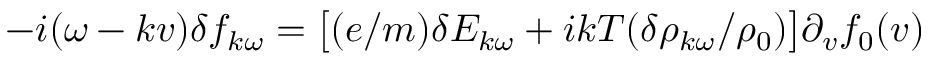
- i ( \omega - k v ) \delta f _ { k \omega } = \big [ ( e / m ) \delta E _ { k \omega } + i k T ( \delta \rho _ { k \omega } / \rho _ { 0 } ) \big ] \partial _ { v } f _ { 0 } ( v )